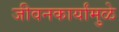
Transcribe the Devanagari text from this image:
जीवनकार्यांमुळे